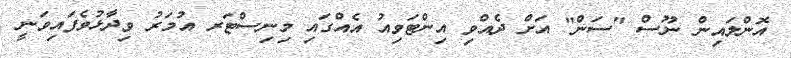
އޮންލައިން ނޫސް "ސަން" އަށް ދެއްވި އިންޓަވިއު އެއްގައި މިނިސްޓަރ އުމަރު ވިދާޅުވެފައިވަނީ